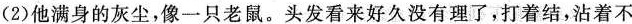
4.阅读下列描写片段，回答问题。(8分)